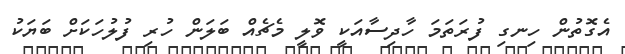
އެގޮތުން ހިނގި ފުރަތަމަ ހާދިސާއަކީ ވޮލީ މެޗެއް ބަލަން ހުރި ފުލުހަކަށް ބަޔަކު